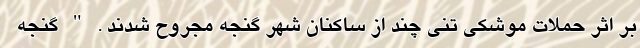
بر اثر حملات موشکی تنی چند از ساکنان شهر گنجه مجروح شدند . " گنجه